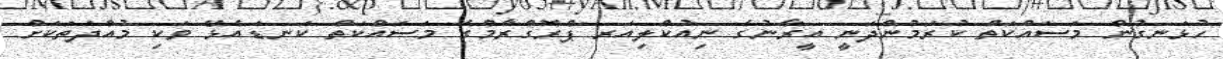
ހުޅަނގުން މަސައްކަތް ކުރަމުންދަނީ އީރާނުގެ ނިއުކްލިއަރ ޕްރޮގްރާމްގެ މަސައްކަތް ކަނޑައެޅޭ ވަކި މުއްދަތަކަށް